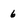
Character: 6